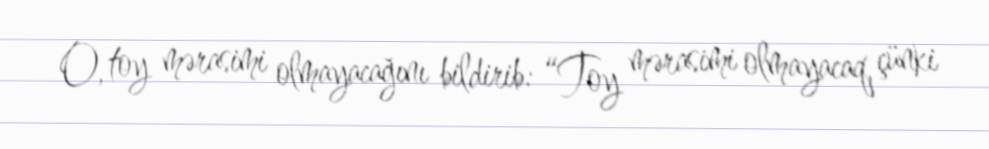
O, toy mərasimi olmayacağını bildirib: “Toy mərasimi olmayacaq, çünki